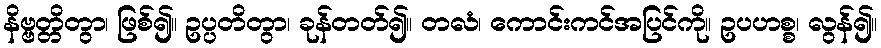
နိဗ္ဗတ္တိတွာ၊ ဖြစ်၍။ ဥပ္ပတိတွာ၊ ခုန်တတ်၍။ တလံ၊ ကောင်းကင်အပြင်ကို။ ဥပဟစ္စ၊ လွန်၍။